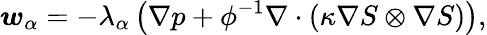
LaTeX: \boldsymbol{w}_{\alpha}=-\lambda_{\alpha}\left(\nabla{p}+\phi^{-1}\nabla\cdot(\kappa\nabla{S}\otimes\nabla{S})\right),